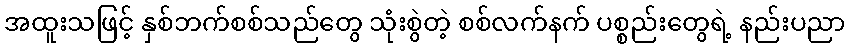
အထူးသဖြင့် နှစ်ဘက်စစ်သည်တွေ သုံးစွဲတဲ့ စစ်လက်နက် ပစ္စည်းတွေရဲ့ နည်းပညာ